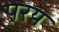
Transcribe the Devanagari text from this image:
परय